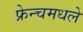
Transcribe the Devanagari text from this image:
फ्रेन्चमधले